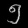
Digit: ၅